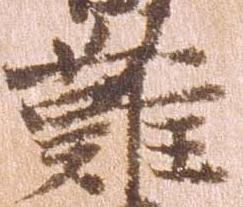
難